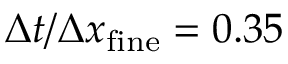
\Delta t / \Delta x _ { \mathrm { f i n e } } = 0 . 3 5